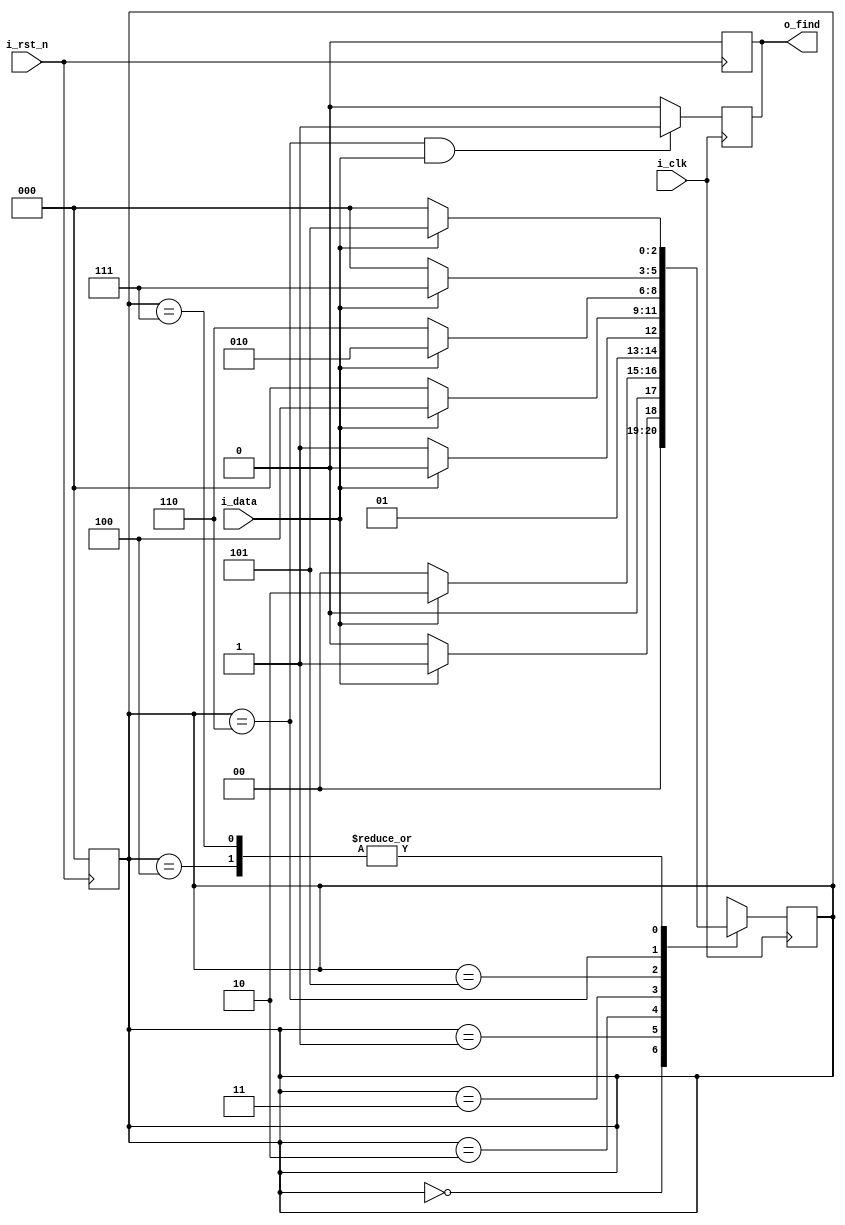
module HW3_dp
(
	i_clk,
	i_rst_n,
	i_data,
	o_find
);

input i_clk;
input i_rst_n;
input i_data;
output o_find;

reg isPatternMatch;
reg[2:0] state;

assign o_find = isPatternMatch;

always @(posedge i_clk)
begin
	isPatternMatch = (state == 6 && i_data == 1'b1) ? 1'b1 : 1'b0;
	case(state)
		0: state = (i_data == 1'b1) ? 1 : 0;
		1: state = (i_data == 1'b1) ? 2 : 0;
		2: state = (i_data == 1'b1) ? 2 : 3;
		3: state = (i_data == 1'b1) ? 4 : 0;
		4: state = (i_data == 1'b1) ? 5 : 0;
		5: state = (i_data == 1'b1) ? 2 : 6;
		6: state = (i_data == 1'b1) ? 7 : 0;
		7: state = (i_data == 1'b1) ? 5 : 0;
		default: state = 0;
	endcase
end

always @(negedge i_rst_n)
begin
	isPatternMatch = 0;
	state = 0;
end

endmodule